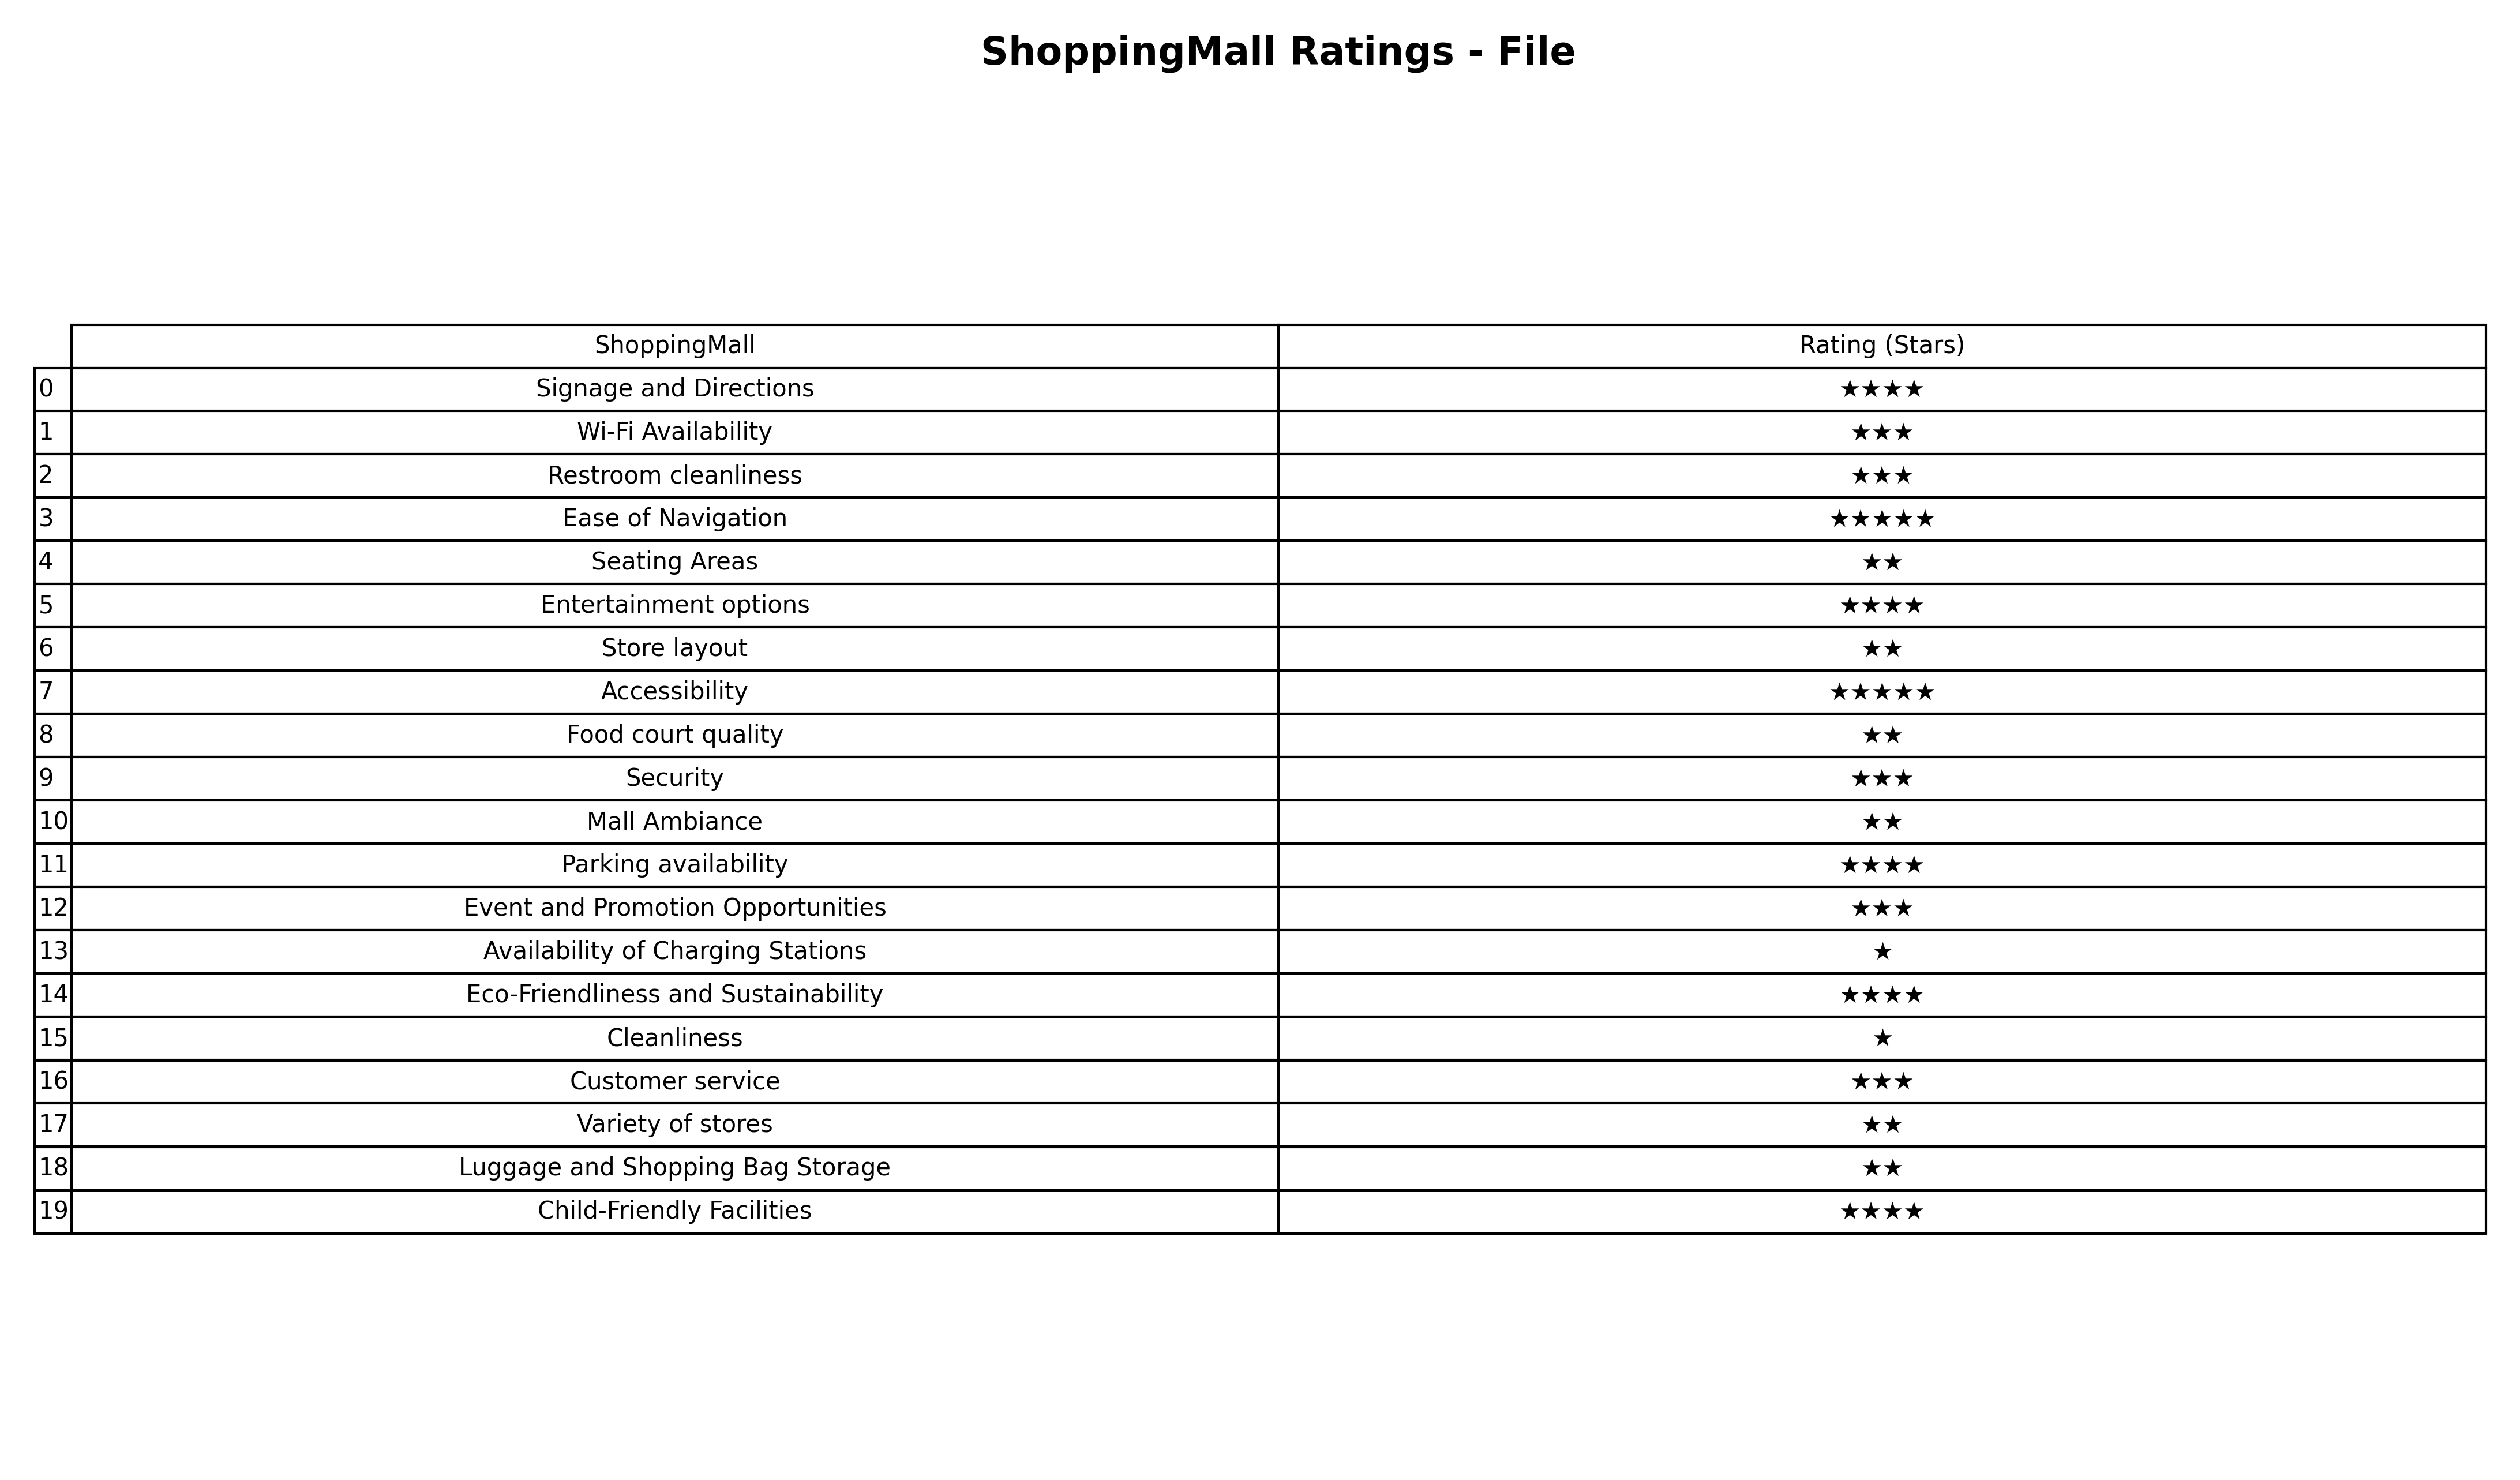
question: What is the rating of Store layout?
answer: ★★